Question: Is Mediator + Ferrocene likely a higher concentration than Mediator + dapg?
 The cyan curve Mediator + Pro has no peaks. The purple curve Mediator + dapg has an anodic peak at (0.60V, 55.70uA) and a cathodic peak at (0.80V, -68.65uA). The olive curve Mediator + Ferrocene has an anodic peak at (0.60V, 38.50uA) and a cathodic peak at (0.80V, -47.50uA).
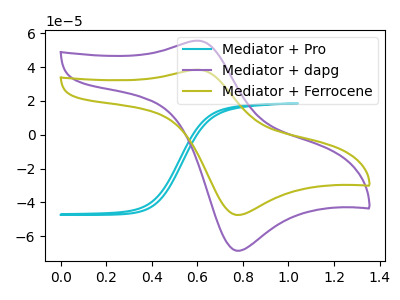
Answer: <think>All the peaks in "Mediator + Ferrocene" have a peak in "Mediator + dapg" at the same potential. Every peak in "Mediator + Ferrocene" is lower than every peak in "Mediator + dapg".
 </think>
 <answer>"Mediator + Ferrocene" has less signal than "Mediator + dapg".</answer>
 <eval>less_signal</eval>